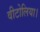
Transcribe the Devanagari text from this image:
वीटोलिया।